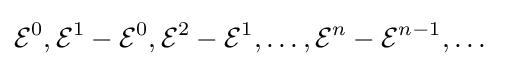
{\mathcal {E}}^{0},{\mathcal {E}}^{1}-{\mathcal {E}}^{0},{\mathcal {E}}^{2}-{\mathcal {E}}^{1},\dots ,{\mathcal {E}}^{n}-{\mathcal {E}}^{n-1},\dots